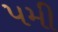
પમી